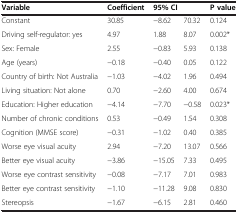
<table><thead><tr><td><b>Variable</b></td><td><b>Coefficient</b></td><td colspan="2"><b>95% CI</b></td><td><b>P value</b></td></tr></thead><tbody><tr><td>Constant</td><td>30.85</td><td>−8.62</td><td>70.32</td><td>0.124</td></tr><tr><td>Driving self-regulator: yes</td><td>4.97</td><td>1.88</td><td>8.07</td><td>0.002*</td></tr><tr><td>Sex: Female</td><td>2.55</td><td>−0.83</td><td>5.93</td><td>0.138</td></tr><tr><td>Age (years)</td><td>−0.18</td><td>−0.40</td><td>0.05</td><td>0.122</td></tr><tr><td>Country of birth: Not Australia</td><td>−1.03</td><td>−4.02</td><td>1.96</td><td>0.494</td></tr><tr><td>Living situation: Not alone</td><td>0.70</td><td>−2.60</td><td>4.00</td><td>0.674</td></tr><tr><td>Education: Higher education</td><td>−4.14</td><td>−7.70</td><td>−0.58</td><td>0.023*</td></tr><tr><td>Number of chronic conditions</td><td>0.53</td><td>−0.49</td><td>1.54</td><td>0.308</td></tr><tr><td>Cognition (MMSE score)</td><td>−0.31</td><td>−1.02</td><td>0.40</td><td>0.385</td></tr><tr><td>Worse eye visual acuity</td><td>2.94</td><td>−7.20</td><td>13.07</td><td>0.566</td></tr><tr><td>Better eye visual acuity</td><td>−3.86</td><td>−15.05</td><td>7.33</td><td>0.495</td></tr><tr><td>Worse eye contrast sensitivity</td><td>−0.08</td><td>−7.17</td><td>7.01</td><td>0.983</td></tr><tr><td>Better eye contrast sensitivity</td><td>−1.10</td><td>−11.28</td><td>9.08</td><td>0.830</td></tr><tr><td>Stereopsis</td><td>−1.67</td><td>−6.15</td><td>2.81</td><td>0.460</td></tr></tbody></table>